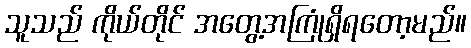
သူသည် ကိုယ်တိုင် အတွေ့အကြုံရှိရတော့မည်။